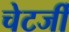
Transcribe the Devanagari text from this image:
चेटर्जी